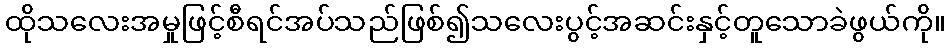
ထိုသလေးအမှုဖြင့်စီရင်အပ်သည်ဖြစ်၍သလေးပွင့်အဆင်းနှင့်တူသောခဲဖွယ်ကို။